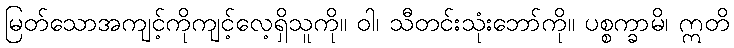
မြတ်သောအကျင့်ကိုကျင့်လေ့ရှိသူကို။ ဝါ၊ သီတင်းသုံးဘော်ကို။ ပစ္စက္ခာမိ၊ ဣတိ